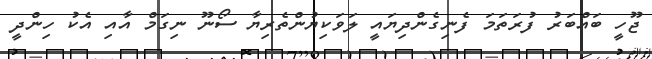
ޖޫހީ ބައްބަރު ފުރަތަމަ ފެނިގެންދިޔައީ ލަވަކިޔުންތެރިޔާ ސޯނޫ ނިގަމް އާއި އެކު ހިންދީ